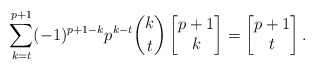
\begin{align*}\sum_{k=t}^{p+1} (-1)^{p+1-k} p^{k-t} \binom{k}{t} \begin{bmatrix} p+1 \\ k \end{bmatrix} =\begin{bmatrix} p+1 \\ t \end{bmatrix}.\end{align*}